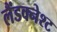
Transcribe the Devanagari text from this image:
लैंडक्नेश्ट